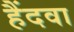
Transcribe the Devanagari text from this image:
हैंदवा